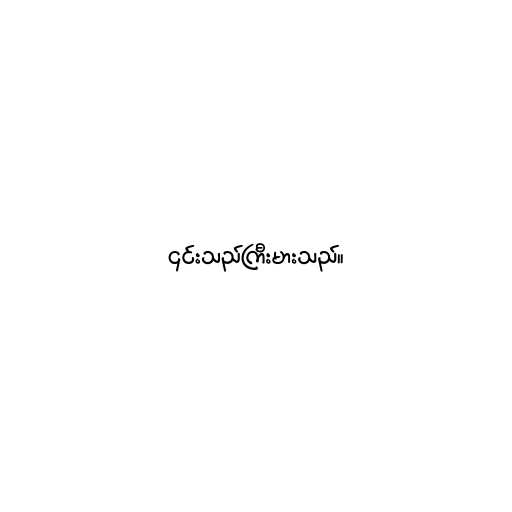
၎င်းသည်ကြီးမားသည်။